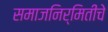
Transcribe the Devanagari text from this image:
समाजनिर्मितीचे